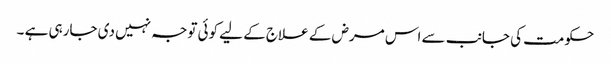
حکومت کی جانب سے اس مرض کے علاج کے لیے کوئی توجہ نہیں دی جارہی ہے ۔